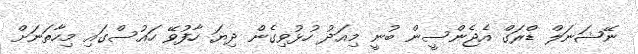
ނޭޝަނަލް ޑްރަގް އެޖެންސީން ބުނީ މިއަދު ހުޅުވިގެން ދިޔަ ހާފުވޭ ހައުސްގައި މިހާތަނަށް